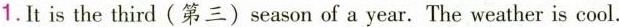
1.It is the third（第三）season of a year. The weather is cool.